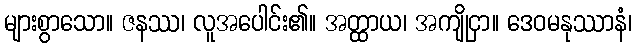
များစွာသော။ ဇနဿ၊ လူအပေါင်း၏။ အတ္ထာယ၊ အကျိုငှာ။ ဒေဝမနုဿာနံ၊